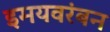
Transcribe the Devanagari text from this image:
इमयवरंबन